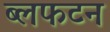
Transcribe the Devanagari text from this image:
ब्लफटन